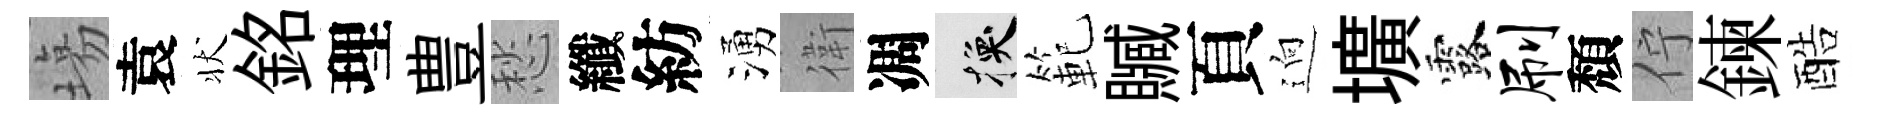
塲袁状銘理豊愁纖紡湧衛凋换範贓頁逈壙露刷頽佇鍊酷